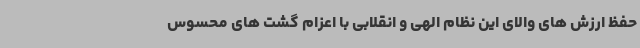
حفظ ارزش های والای این نظام الهی و انقلابی با اعزام گشت های محسوس